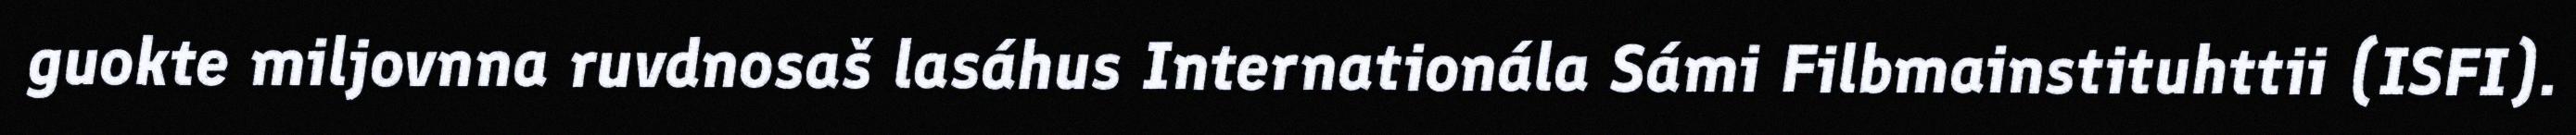
guokte miljovnna ruvdnosaš lasáhus Internationála Sámi Filbmainstituhttii (ISFI).